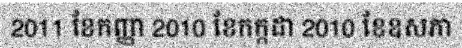
2011 ខែកញ្ញា 2010 ខែកក្កដា 2010 ខែឧសភា